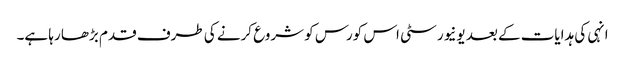
انہی کی ہدایات کے بعد یونیورسٹی اس کورس کو شروع کرنے کی طرف قدم بڑھا رہا ہے۔